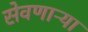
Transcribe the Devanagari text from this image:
सेवणाऱ्या